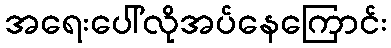
အရေးပေါ်လိုအပ်နေကြောင်း